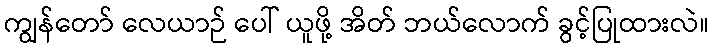
ကျွန်တော် လေယာဉ် ပေါ် ယူဖို့ အိတ် ဘယ်လောက် ခွင့်ပြုထားလဲ။